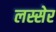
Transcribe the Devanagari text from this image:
लस्सेर